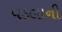
વડલાની